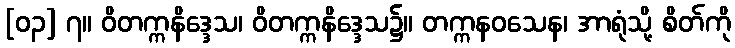
[၀၃] ၇။ ဝိတက္ကနိဒ္ဒေသ၊ ဝိတက္ကနိဒ္ဒေသ၌။ တက္ကနဝသေန၊ အာရုံသို့ စိတ်ကို